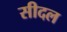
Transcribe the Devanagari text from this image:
सीदल